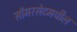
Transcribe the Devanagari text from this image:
सॉमरसेटमधील